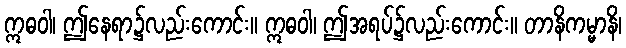
ဣဓဝါ၊ ဤနေရာ၌လည်းကောင်း။ ဣဓဝါ၊ ဤအရပ်၌လည်းကောင်း။ တာနိကမ္မာနိ၊